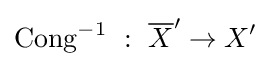
\operatorname {Cong} ^{-1}~:~{\overline {X}}^{\prime }\to X^{\prime }